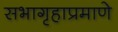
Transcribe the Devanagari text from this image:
सभागृहाप्रमाणे